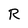
Character: R